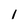
Character: 1